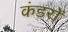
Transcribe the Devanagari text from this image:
कंडरों